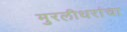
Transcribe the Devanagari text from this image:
मुरलीधरांचा